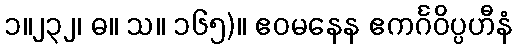
၁။၂၃၂၊ ဓ။ သ။ ၁၆၅)။ ဧဝမနေန ဧကင်္ဂဝိပ္ပဟီနံ